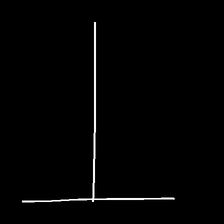
Glyph: column